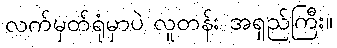
လက်မှတ်ရုံမှာပဲ လူတန်း အရှည်ကြီး။